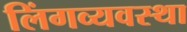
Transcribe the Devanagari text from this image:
लिंगव्यवस्था